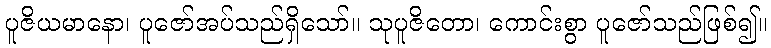
ပူဇိယမာနော၊ ပူဇော်အပ်သည်ရှိသော်။ သုပူဇိတော၊ ကောင်းစွာ ပူဇော်သည်ဖြစ်၍။